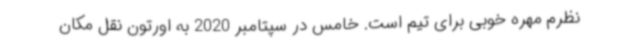
نظرم مهره خوبی برای تیم است. خامس در سپتامبر 2020 به اورتون نقل مکان